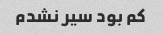
کم بود سیر نشدم